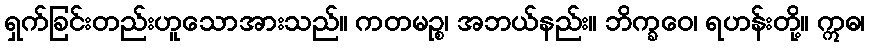
ရှက်ခြင်းတည်းဟူသောအားသည်။ ကတမဉ္စ၊ အဘယ်နည်း။ ဘိက္ခဝေ၊ ရဟန်းတို့။ ဣဓ၊